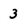
Character: 3